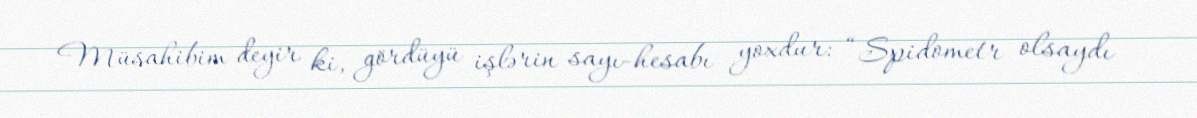
Müsahibim deyir ki, gördüyü işlərin sayı-hesabı yoxdur: “Spidometr olsaydı